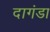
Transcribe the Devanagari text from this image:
दागंडा